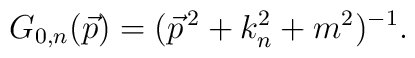
G_{0,n}(\vec{p})=(\vec{p}^{\,2}+k_{n}^{2}+m^{2})^{-1}.